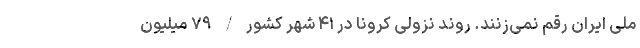
ملّی ایران رقم نمی‌زنند. روند نزولی کرونا در ۴۱ شهر کشور / ۷۹ میلیون